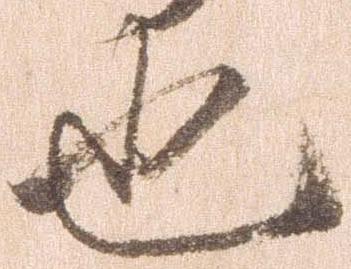
也